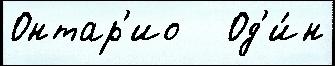
Онтар'ио   Од'и́н